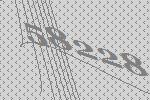
58228